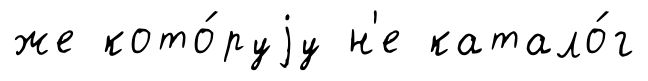
же кото́руjу н'е катало́г